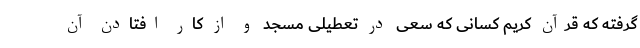
گرفته که قرآن کریم کسانی که سعی در تعطیلی مسجد و از کار افتادن آن